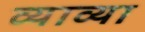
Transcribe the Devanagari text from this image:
व्याव्या